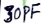
Text: 30pF